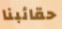
حقائبنا